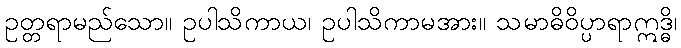
ဥတ္တရာမည်သော။ ဥပါသိကာယ၊ ဥပါသိကာမအား။ သမာဓိဝိပ္ပာရာဣဒ္ဓိ၊